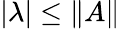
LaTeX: |\lambda|\leq\| A\|